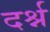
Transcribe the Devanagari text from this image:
दर्श्न